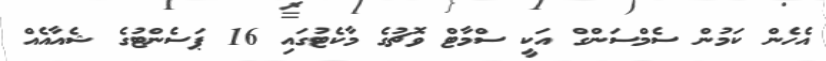
އެހެން ކަމުން ސެމްސަންގް އަކީ ސްމާޓް ވޮޗުގެ މާކެޓުގައި 16 ޕަސެންޓުގެ ޝެއާއެއް